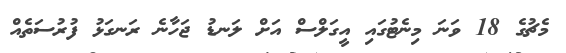
މެޗުގެ 18 ވަނަ މިނެޓުގައި އީގަލްސް އަށް ލަނޑު ޖަހާނެ ރަނގަޅު ފުރުސަތެއް